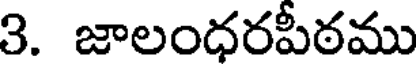
3. జాలంధరపీఠము